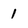
Character: I